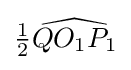
{\tfrac {1}{2}}{\widehat {QO_{1}P_{1}}}